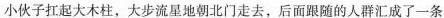
小伙子扛起大木柱，大步流星朝北门走去，后面跟随的人群汇成了一条